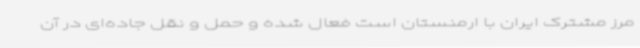
مرز مشترک ایران با ارمنستان است فعال شده و حمل و نقل جاده‌ای در آن